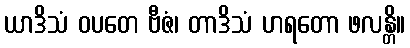
ယာဒိသံ ဝပတေ ဗီဇံ၊ တာဒိသံ ဟရတော ဖလန္တိ။